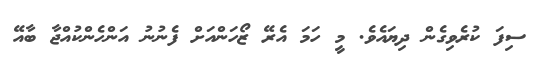
ސިފަ ކުރެވިގެން ދިޔައެވެ. މީ ހަމަ އެރޭ ޒޯހަންއަށް ފެނުނު އަންހެންކުއްޖާ ބާއޭ